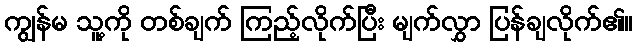
ကျွန်မ သူ့ကို တစ်ချက် ကြည့်လိုက်ပြီး မျက်လွှာ ပြန်ချလိုက်၏။